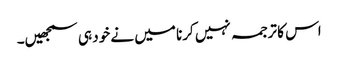
اس کا ترجمہ نہیں کرنا میں نے خود ہی سمجھیں۔